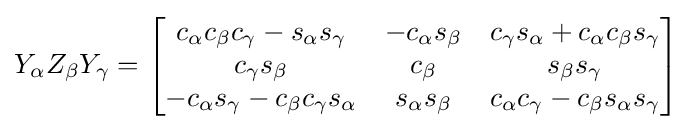
Y_{\alpha }Z_{\beta }Y_{\gamma }={\begin{bmatrix}c_{\alpha }c_{\beta }c_{\gamma }-s_{\alpha }s_{\gamma }&-c_{\alpha }s_{\beta }&c_{\gamma }s_{\alpha }+c_{\alpha }c_{\beta }s_{\gamma }\\c_{\gamma }s_{\beta }&c_{\beta }&s_{\beta }s_{\gamma }\\-c_{\alpha }s_{\gamma }-c_{\beta }c_{\gamma }s_{\alpha }&s_{\alpha }s_{\beta }&c_{\alpha }c_{\gamma }-c_{\beta }s_{\alpha }s_{\gamma }\end{bmatrix}}